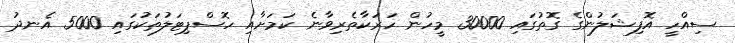
ސިއްހީ އޮފިޝަލުންގެ ގޮތުގައި 30000 މީހުން ހަރަކާތެރިވާނެ ކަމަށާއި ހޮސްޕިޓަލުތަކުގައި 5000 އެނދު